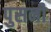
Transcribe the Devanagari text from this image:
पुसनी